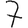
Digit: 7